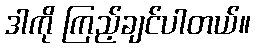
ဒါကို ကြည့်ချင်ပါတယ်။